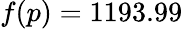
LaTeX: f(p)=1193.99